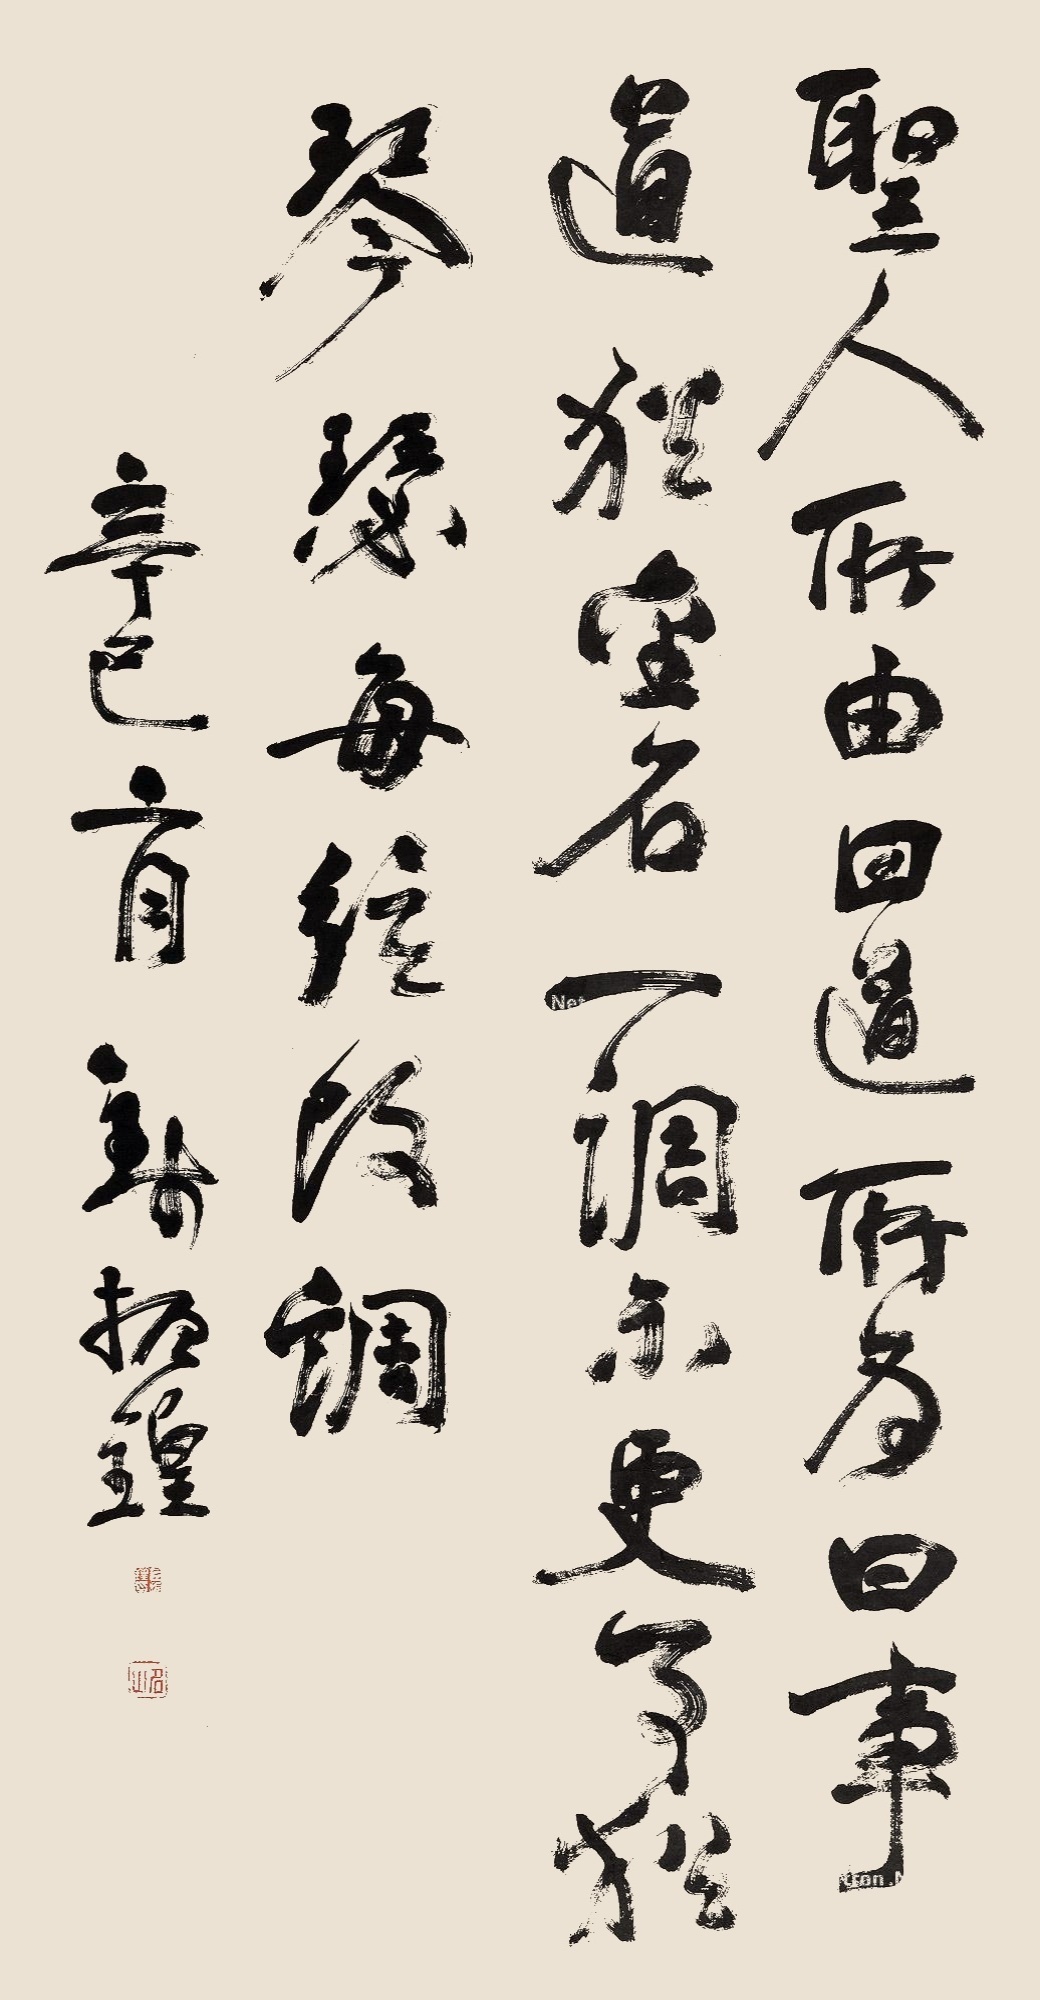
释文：圣人所由曰道，所为曰事，道尤金石一调未更，事尤琴瑟每弦改调。辛巳二月，钱振锽。